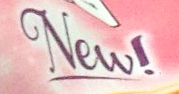
New!